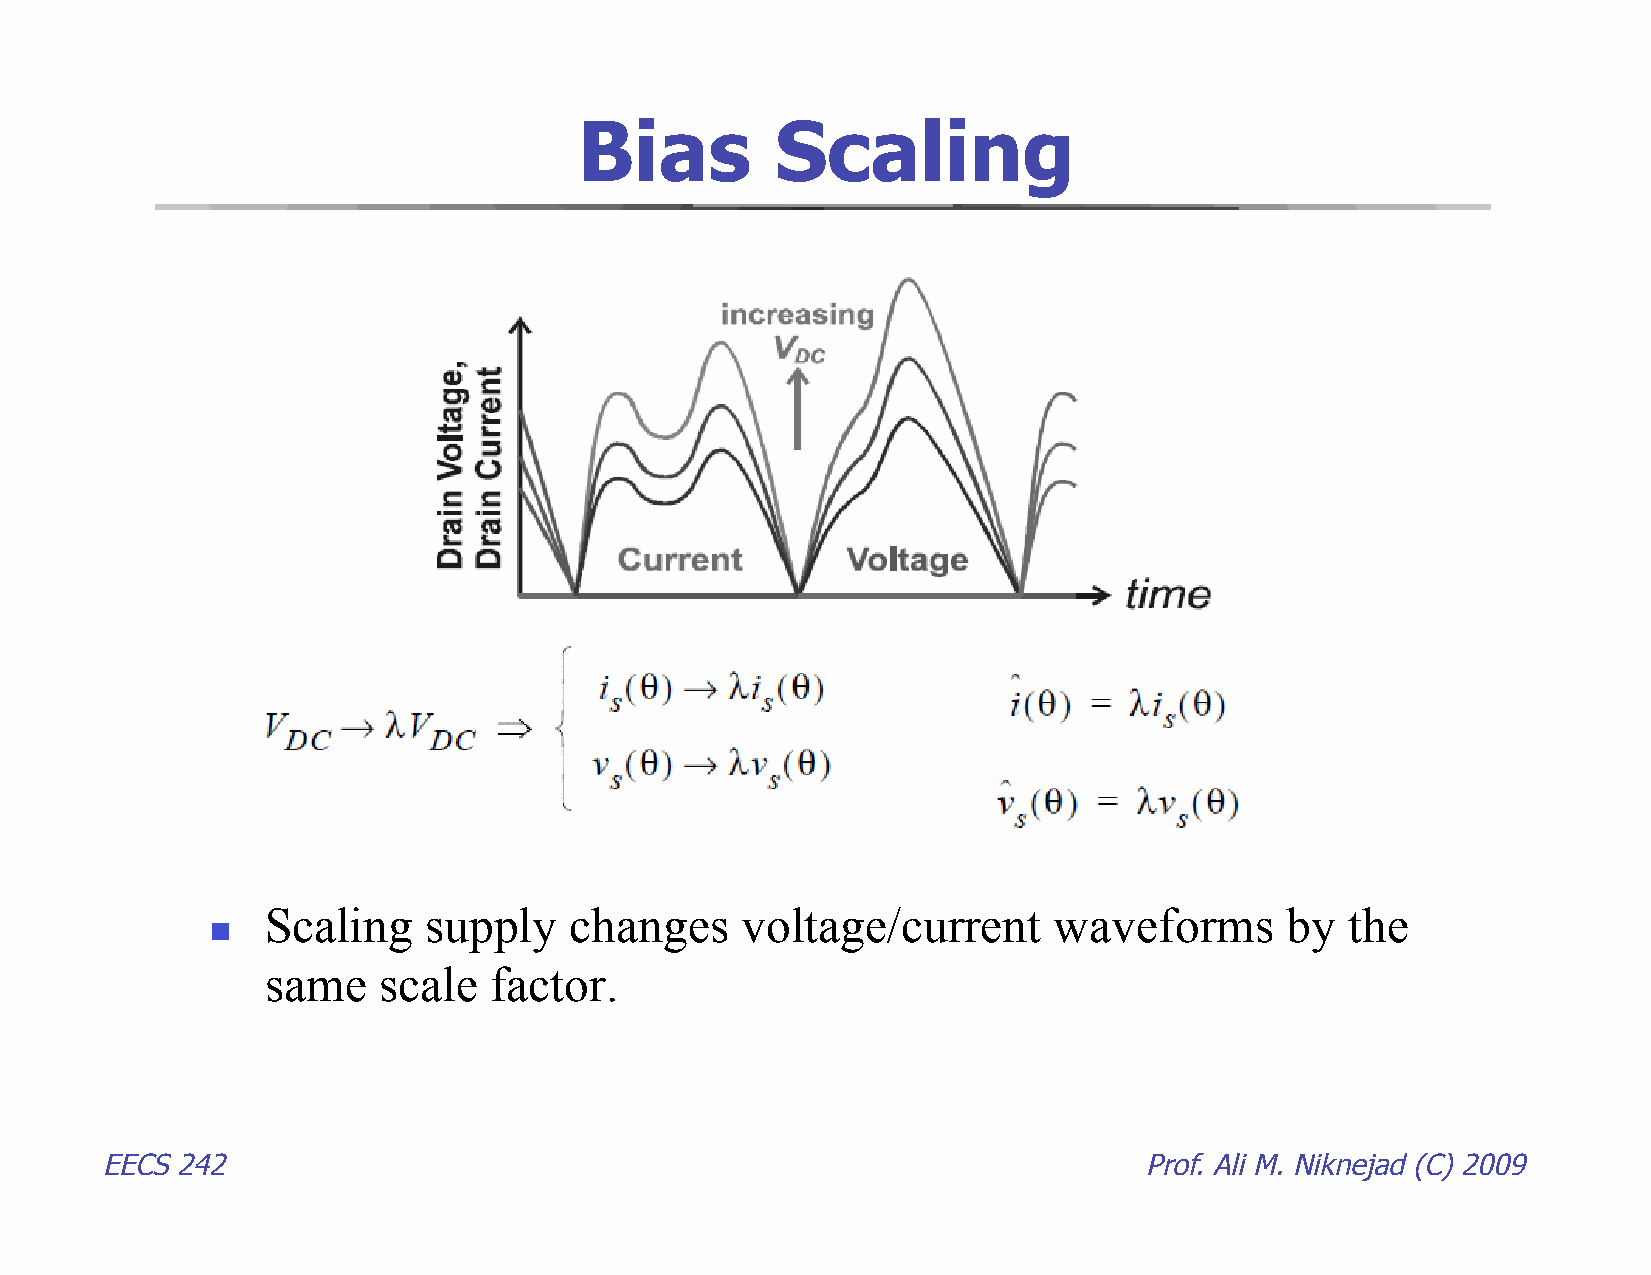
Bias         Scaling
 Scaling   supply    changes    voltage/current      waveforms      by  the
 
 same   scale  factor.
 EECS 242                                                             Prof. Ali M. Niknejad (C) 2009